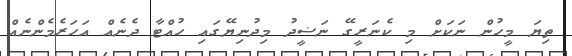
ތިޔަ މީހުން ނަކަށް މި ކެނަރީގޭ ނަޟީދު މިދުނިޔޭގައި ހުއްޓާ ދެނެއް އަހަރެމެންނެއް